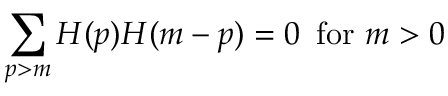
\sum _ { p > m } H ( p ) H ( m - p ) = 0 \, \mathrm { ~ f o r ~ } m > 0